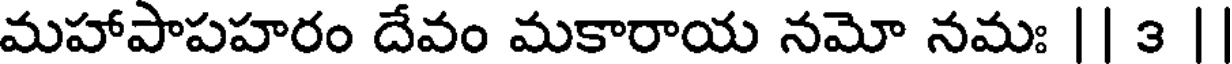
మహాపాపహరం దేవం మకారాయ నమో నమః || 3 |